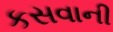
કસવાની